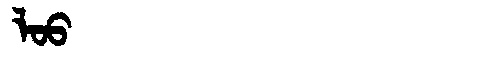
Manchu: ᠯᠣᠣ
Romanization: LOO